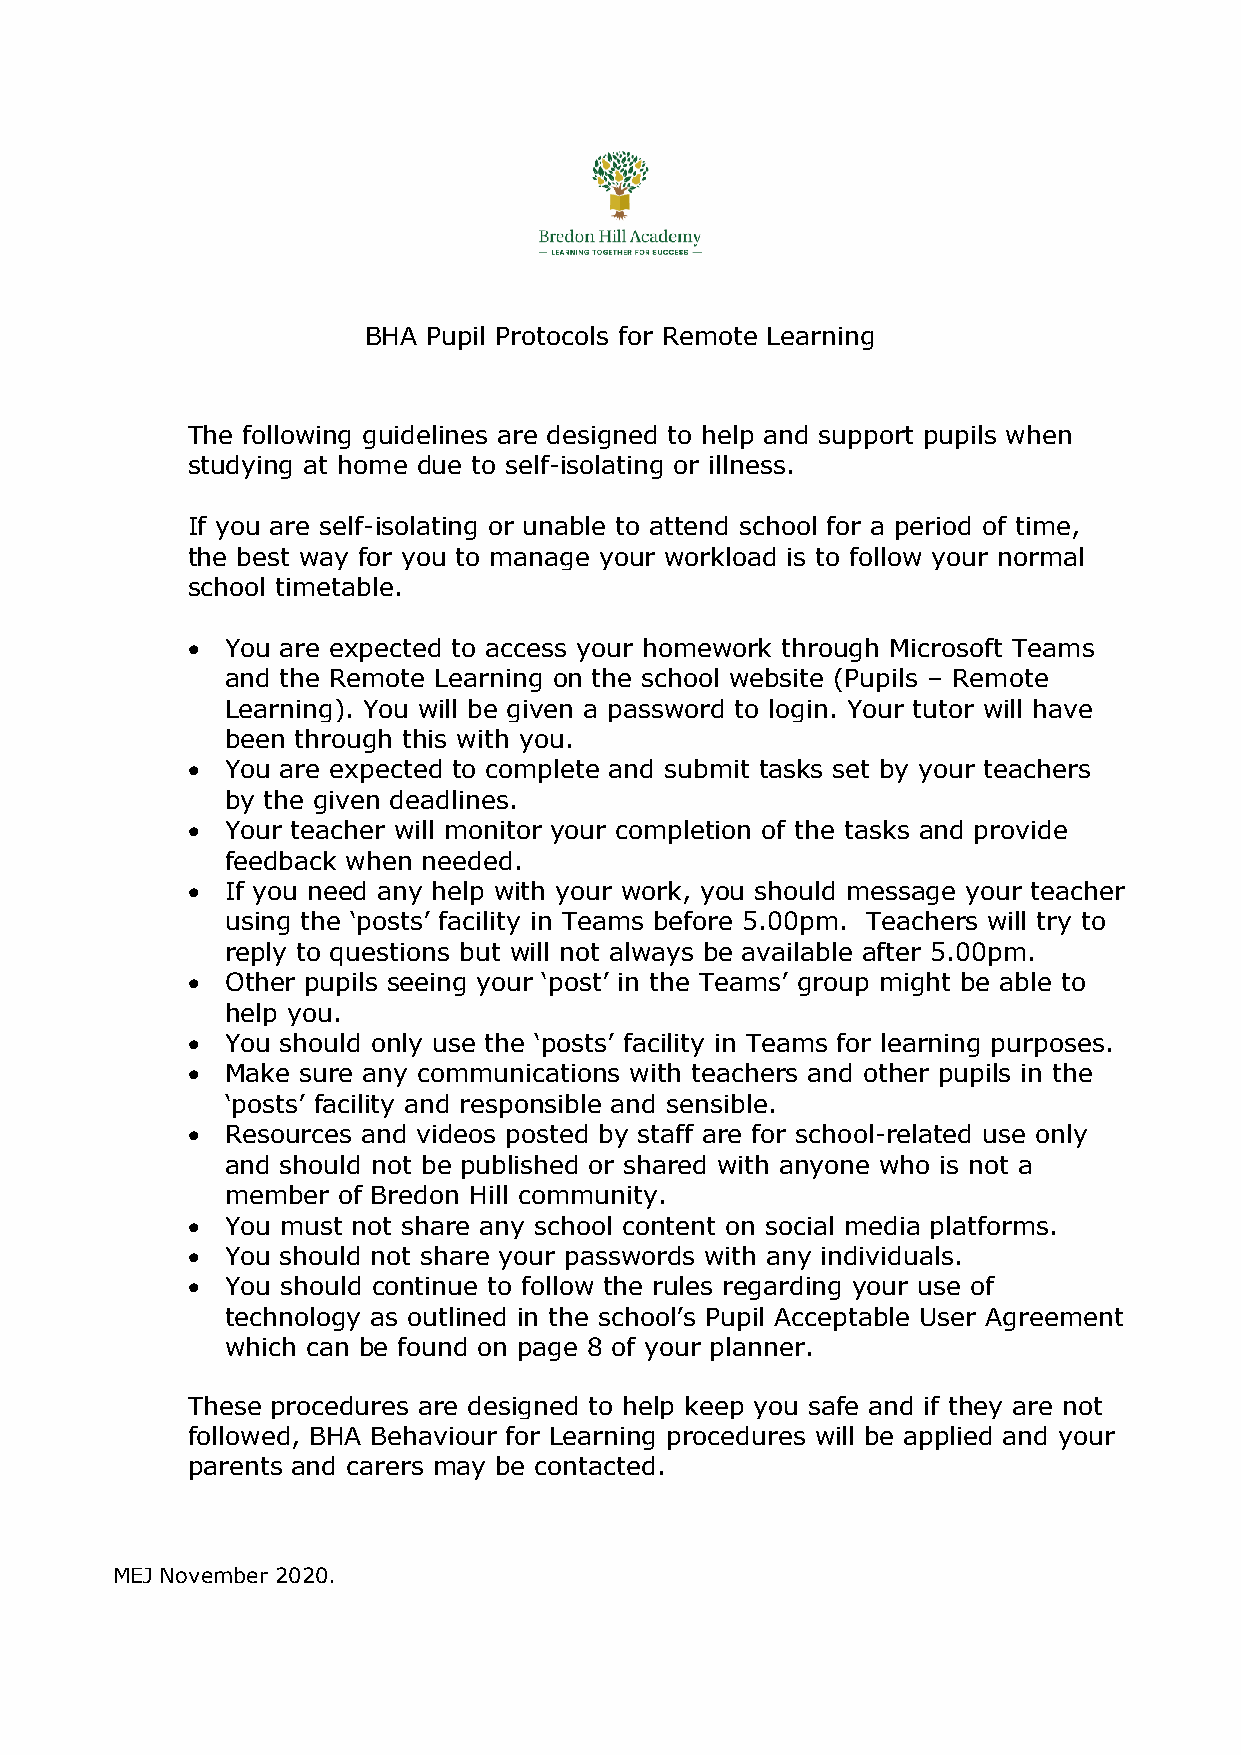
BHA Pupil Protocols for Remote Learning
 The following guidelines are designed to help and support pupils when
 studying at home due to self-isolating or illness.
 If you are self-isolating or unable to attend school for a period of time,
 the best way for you to manage your workload is to follow your normal
 school timetable.
   You are expected to access your homework through Microsoft Teams
 and the Remote Learning on the school website (Pupils – Remote
 Learning). You will be given a password to login. Your tutor will have
 been through this with you.
   You are expected to complete and submit tasks set by your teachers
 by the given deadlines.
   Your teacher will monitor your completion of the tasks and provide
 feedback when needed.
   If you need any help with your work, you should message your teacher
 using the ‘posts’ facility in Teams before 5.00pm. Teachers will try to
 reply to questions but will not always be available after 5.00pm.
   Other pupils seeing your ‘post’ in the Teams’ group might be able to
 help you.
   You should only use the ‘posts’ facility in Teams for learning purposes.
   Make sure any communications with teachers and other pupils in the
 ‘posts’ facility and responsible and sensible.
   Resources and videos posted by staff are for school-related use only
 and should not be published or shared with anyone who is not a
 member of Bredon Hill community.
   You must not share any school content on social media platforms.
   You should not share your passwords with any individuals.
   You should continue to follow the rules regarding your use of
 technology as outlined in the school’s Pupil Acceptable User Agreement
 which can be found on page 8 of your planner.
 These procedures are designed to help keep you safe and if they are not
 followed, BHA Behaviour for Learning procedures will be applied and your
 parents and carers may be contacted.
 MEJ November 2020.